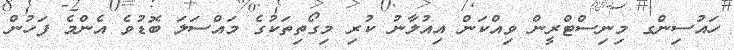
ހައުސިންގ މިނިސްޓްރީން ވިއްކަން އިއުލާނު ކުރި މިގޯތިތަކުގެ މައްސަލަ ބޮޑުވެ އެންމެ ފަހުން